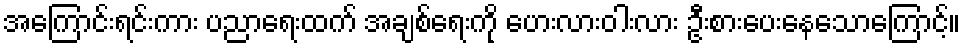
အကြောင်းရင်းကား ပညာရေးထက် အချစ်ရေးကို ဟေးလားဝါးလား ဦးစားပေးနေသောကြောင့်။